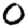
Digit: 0